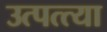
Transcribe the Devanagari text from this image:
उत्पत्त्या